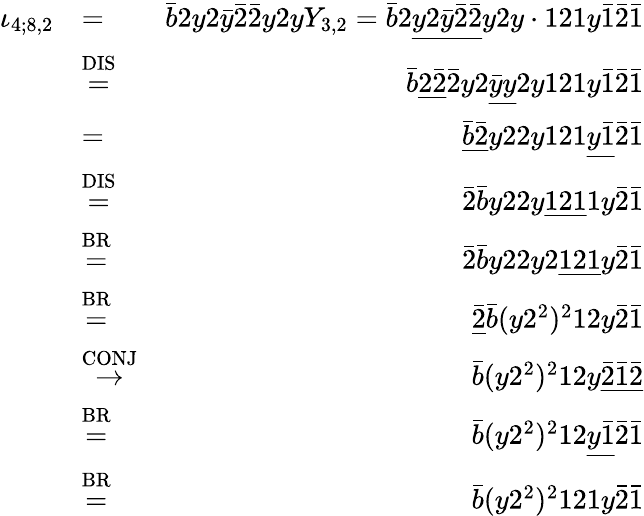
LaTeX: \begin{array}{rlr}{\iota_{4;8,2}}&{=}&{\bar{b}2y2\bar{y}\bar{2}\bar{2}y2yY_{3,2}=\bar{b}2\underline{{y2\bar{y}\bar{2}\bar{2}}}y2y\cdot 121y\bar{1}\bar{2}\bar{1}}\\ &{\stackrel{\mathrm{DIS}}{=}}&{\bar{b}\underline{{2\bar{2}}}\bar{2}y2\underline{{\bar{y}y}}2y121y\bar{1}\bar{2}\bar{1}}\\ &{=}&{\underline{{\bar{b}\bar{2}}}y22y121\underline{{y\bar{1}}}\bar{2}\bar{1}}\\ &{\stackrel{\mathrm{DIS}}{=}}&{\bar{2}\bar{b}y22y\underline{{121}}1y\bar{2}\bar{1}}\\ &{\stackrel{\mathrm{BR}}{=}}&{\bar{2}\bar{b}y22y2\underline{{121}}y\bar{2}\bar{1}}\\ &{\stackrel{\mathrm{BR}}{=}}&{\underline{{\bar{2}}}\bar{b}(y2^{2})^{2}12y\bar{2}\bar{1}}\\ &{\stackrel{\mathrm{CONJ}}{\to}}&{\bar{b}(y2^{2})^{2}12y\underline{{\bar{2}\bar{1}\bar{2}}}}\\ &{\stackrel{\mathrm{BR}}{=}}&{\bar{b}(y2^{2})^{2}12\underline{{y\bar{1}}}\bar{2}\bar{1}}\\ &{\stackrel{\mathrm{BR}}{=}}&{\bar{b}(y2^{2})^{2}121y\bar{2}\bar{1}}\end{array}